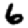
Digit: 6